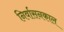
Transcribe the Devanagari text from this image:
निर्वासनकाल